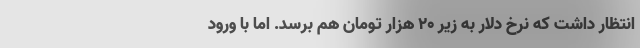
انتظار داشت که نرخ دلار به زیر ۲۰ هزار تومان هم برسد. اما با ورود